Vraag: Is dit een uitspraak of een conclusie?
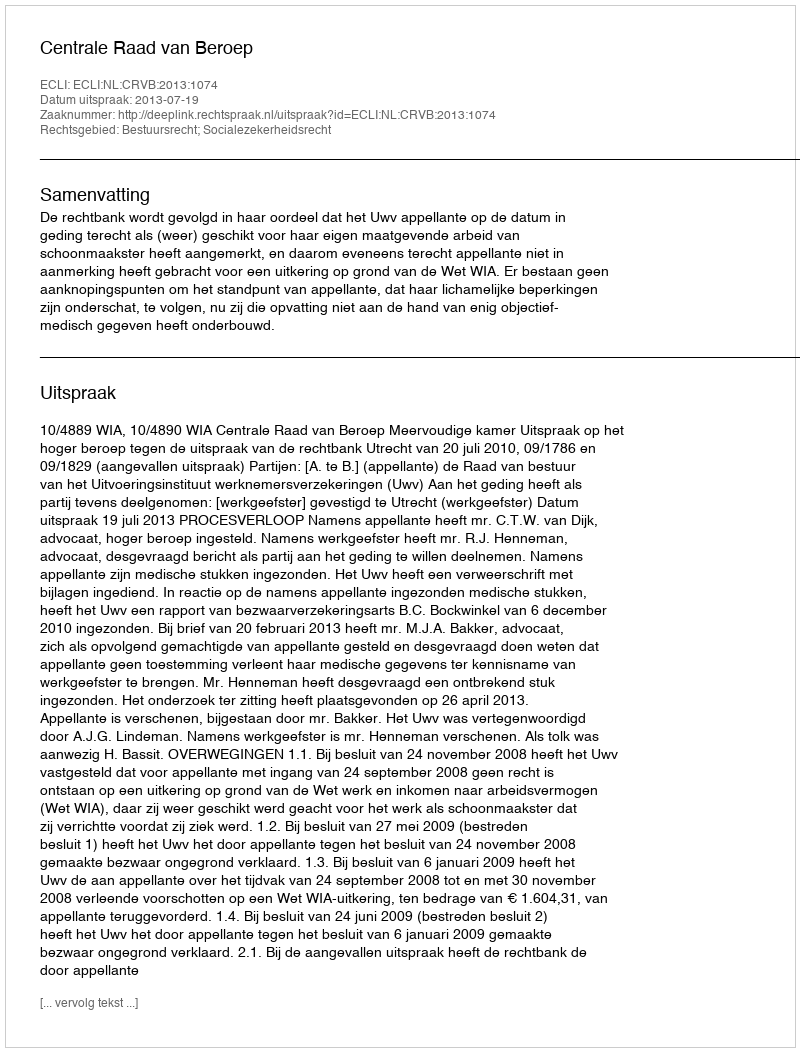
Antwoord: Uitspraak